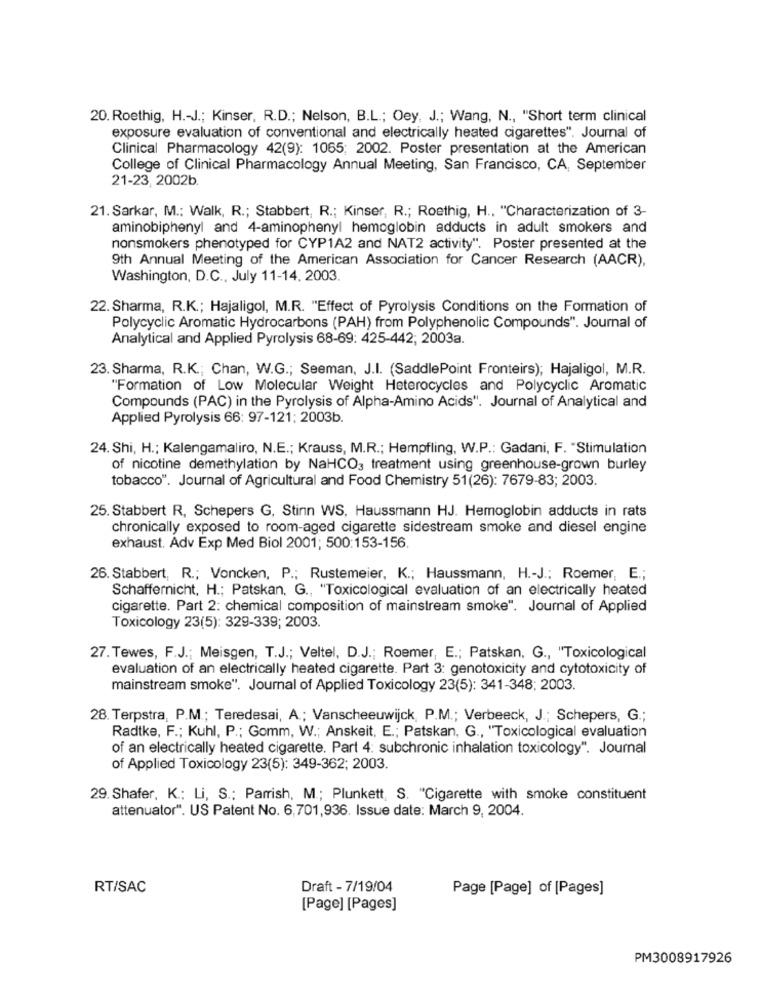
20. Roethig, H .- J .; Kinser, R.D .; Nelson, B.L .; Oey, J .; Wang, N ., "Short term clinical
exposure evaluation of conventional and electrically heated cigarettes". Journal of
Clinical Pharmacology 42(9): 1065; 2002. Poster presentation at the American
College of Clinical Pharmacology Annual Meeting, San Francisco, CA, September
21-23, 2002b
21. Sarkar, M .: Walk, R .; Stabbert, R .; Kinser, R .; Roethig, H ., "Characterization of 3-
aminobiphenyl and 4-aminophenyl hemoglobin adducts in adult smokers and
nonsmokers phenotyped for CYP1A2 and NAT2 activity". Poster presented at the
9th Annual Meeting of the American Association for Cancer Research (AACR),
Washington, D.C ., July 11-14. 2003.
22. Sharma, R.K .; Hajaligol, M.R. "Effect of Pyrolysis Conditions on the Formation of
Polycyclic Aromatic Hydrocarbons (PAH) from Polyphenolic Compounds". Journal of
Analytical and Applied Pyrolysis 68-69: 425-442; 2003a.
23. Sharma, R.K .; Chan, W.G .; Seeman, J.I. (SaddlePoint Fronteirs); Hajaligol, M.R.
"Formation of Low Molecular Weight Heterocycles and Polycyclic Aromatic
Compounds (PAC) in the Pyrolysis of Alpha-Amino Acids". Journal of Analytical and
Applied Pyrolysis 66: 97-121: 2003b.
24. Shi, H .; Kalengamaliro, N.E .; Krauss, M.R .; Hempfling, W.P .: Gadani, F. "Stimulation
of nicotine demethylation by NaHCO3 treatment using greenhouse-grown burley
tobacco". Journal of Agricultural and Food Chemistry 51(26): 7679-83; 2003.
25. Stabbert R, Schepers G, Stinn WS, Haussmann HJ. Hemoglobin adducts in rats
chronically exposed to room-aged cigarette sidestream smoke and diesel engine
exhaust. Adv Exp Med Biol 2001; 500:153-156.
26. Stabbert, R .; Voncken, P .; Rustemeier, K .; Haussmann, H .- J .; Roemer, E .;
Schaffernicht, H .; Patskan. G ., "Toxicological evaluation of an electrically heated
cigarette. Part 2: chemical composition of mainstream smoke". Journal of Applied
Toxicology 23(5): 329-339; 2003.
27. Tewes, F.J .; Meisgen, T.J .; Veltel, D.J .; Roemer, E .; Patskan. G ., "Toxicological
evaluation of an electrically heated cigarette. Part 3: genotoxicity and cytotoxicity of
mainstream smoke". Journal of Applied Toxicology 23(5): 341-348; 2003.
28. Terpstra, P.M .; Teredesai, A .; Vanscheeuwijck, P.M .; Verbeeck, J .; Schepers, G .;
Radtke, F .; Kuhl, P .; Gomm, W .; Anskeit, E .; Patskan, G ., "Toxicological evaluation
of an electrically heated cigarette. Part 4: subchronic inhalation toxicology". Journal
of Applied Toxicology 23(5): 349-362; 2003.
29. Shafer, K .; Li, S .; Parrish, M .; Plunkett, S. "Cigarette with smoke constituent
attenuator". US Patent No. 6,701,936. Issue date: March 9, 2004.
RT/SAC
Draft - 7/19/04
Page [Page] of [Pages]
[Page] [Pages]
PM3008917926